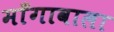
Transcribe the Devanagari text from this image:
माँगावाला